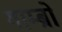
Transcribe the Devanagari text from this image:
गाम्ब्रो